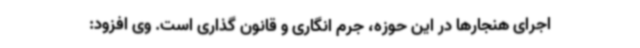
اجرای هنجارها در این حوزه، جرم انگاری و قانون گذاری است. وی افزود: